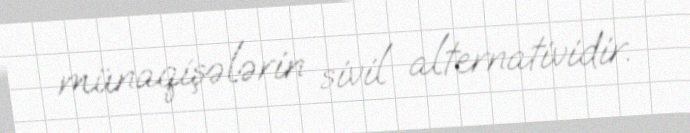
münaqişələrin sivil alternatividir.